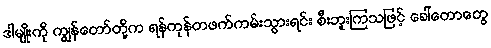
ဒါမျိုးကို ကျွန်တော်တို့က ရန်ကုန်တဖက်ကမ်းသွားရင်း စီးဘူးကြသဖြင့် ခေါ်တောတွေ